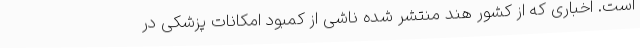
است. اخباری که از کشور هند منتشر شده ناشی از کمبود امکانات پزشکی در